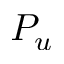
P _ { u }